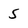
Character: 5